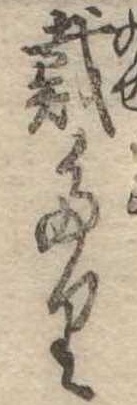
戴たり